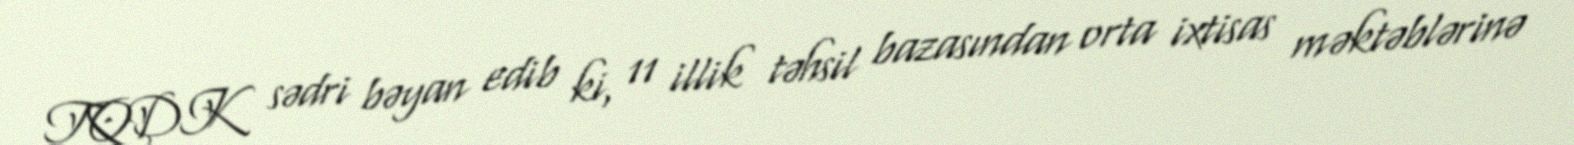
TQDK sədri bəyan edib ki, 11 illik təhsil bazasından orta ixtisas məktəblərinə